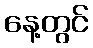
နေ့တွင်